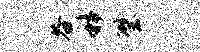
谷移璧